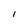
Character: 1